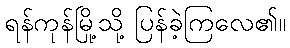
ရန်ကုန်မြို့သို့ ပြန်ခဲ့ကြလေ၏။